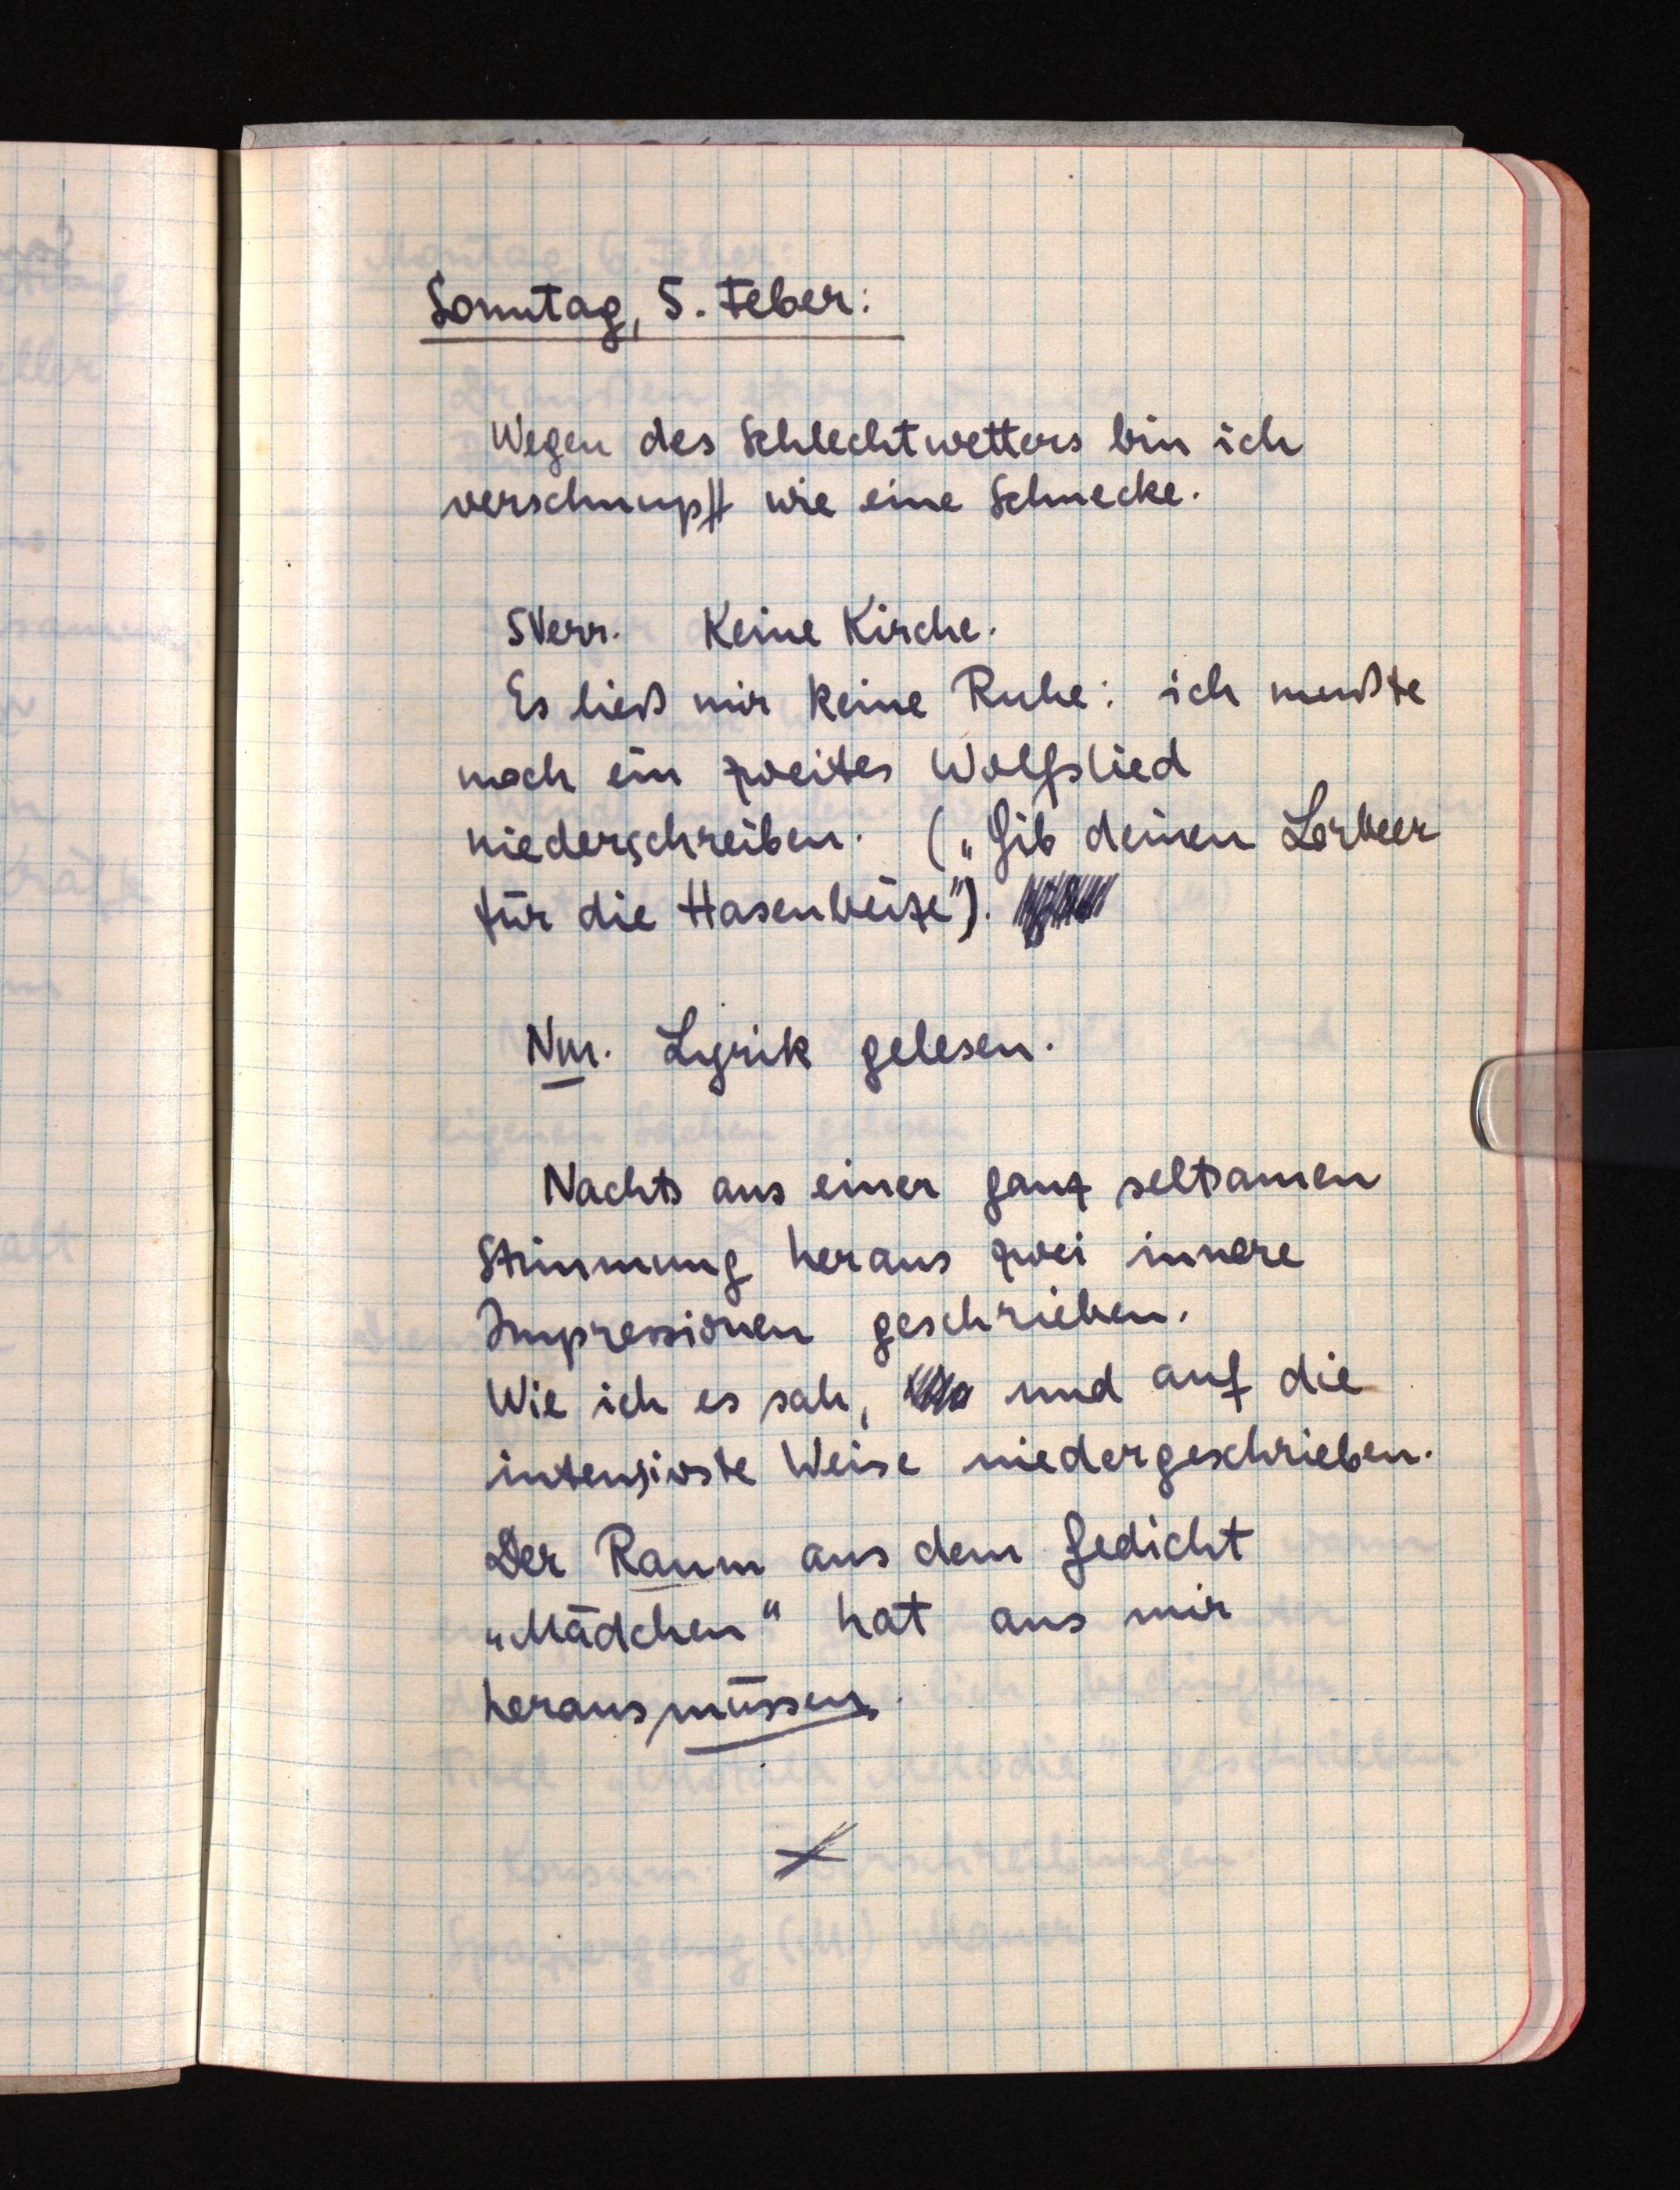
Sonntag, 5. Feber:
Wegen des Schlechtwetters bin ich
verschnupft wie eine Schnecke.
SVerr. Keine Kirche.
Es ließ mir keine Ruhe: ich mußte
noch ein zweites Wolfslied
niederschreiben. ("Gib deinen Lorbeer
für die Hasenbeize"). gib
Nm. Lyrik gelesen.
Nachts aus einer ganz seltsamen
Stimmung heraus zwei innere
Impressionen geschrieben.
Wie ich es sah, Wo und auf die
intensivste Weise niedergeschrieben.
Der Raum aus dem Gedicht
"Mädchen" hat aus mir
herausmüssen.